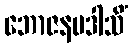
ဘောဇနမဒါသိံ